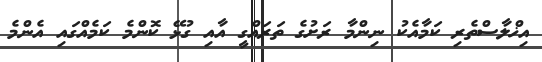
އިޚްލާސްތެރި ކަމާއެކު ނިންމާ ރަށުގެ ތަރައްގީ އާއި ގުޅޭ ކޮންމެ ކަމެއްގައި އެންމެ